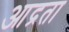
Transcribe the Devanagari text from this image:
आद्रता